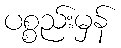
ပစ္စည်းမှန်